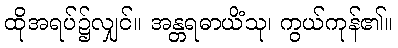
ထိုအရပ်၌လျှင်။ အန္တရဓာယိံသု၊ ကွယ်ကုန်၏။